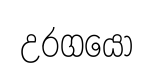
උරගයො